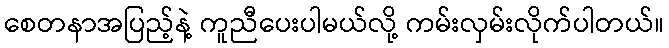
စေတနာအပြည့်နဲ့ ကူညီပေးပါမယ်လို့ ကမ်းလှမ်းလိုက်ပါတယ်။